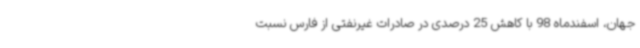
جهان، اسفندماه 98 با کاهش 25 درصدی در صادرات غیرنفتی از فارس نسبت